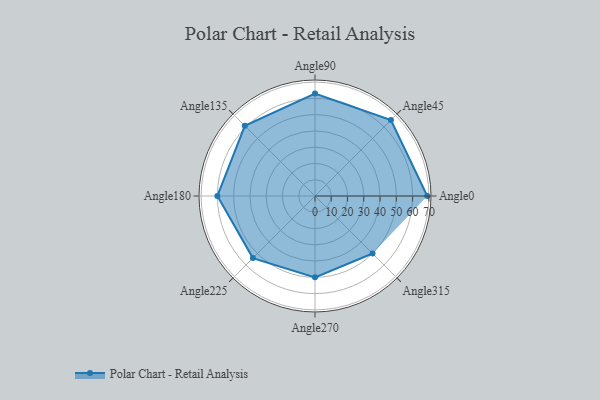
{"axis": {"x": "Angle", "y": "Radius"}, "legend": [""], "data": [{"x": "Angle0", "y": 69.0, "type": ""}, {"x": "Angle45", "y": 66.0, "type": ""}, {"x": "Angle90", "y": 63.0, "type": ""}, {"x": "Angle135", "y": 61.0, "type": ""}, {"x": "Angle180", "y": 60.0, "type": ""}, {"x": "Angle225", "y": 54.0, "type": ""}, {"x": "Angle270", "y": 50, "type": ""}, {"x": "Angle315", "y": 50, "type": ""}]}